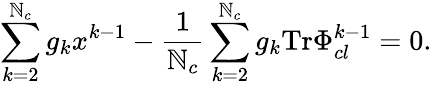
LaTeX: \sum_{k=2}^{\mathbb{N}_{c}}g_{k}x^{k-1}-\frac{{1}}{{\mathbb{N}_{c}}}\sum_{k=2}^{\mathbb{N}_{c}}g_{k}\mathrm{{Tr}}\Phi_{cl}^{k-1}=0.